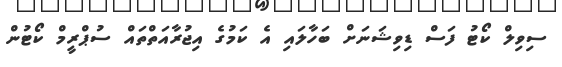
ސިވިލް ކޯޓު ފަސް ޑިވިޝަނަށް ބަހާލައި އެ ކަމުގެ އިޖުރާއަތްތައް ސުޕްރީމް ކޯޓުން